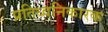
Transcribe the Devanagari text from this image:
प्रतिध्वनिकारक